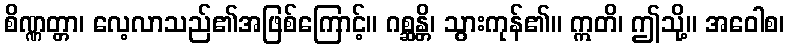
စိဏ္ဏတ္တာ၊ လေ့လာသည်၏အဖြစ်ကြောင့်။ ဂစ္ဆန္တိ၊ သွားကုန်၏။ ဣတိ၊ ဤသို့။ အဝေါစ၊